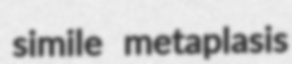
simile metaplasis